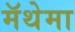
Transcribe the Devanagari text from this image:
मॅथेमा